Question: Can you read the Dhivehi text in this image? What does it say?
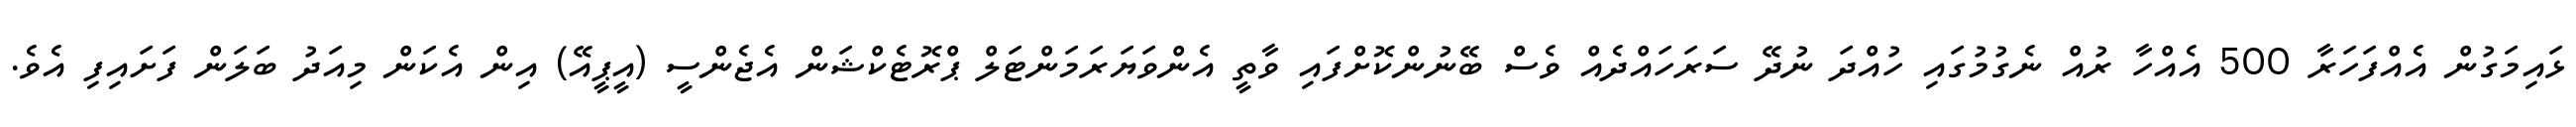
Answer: ޅައިމަގުން އެއްފަހަރާ 500 އެއްހާ ރުއް ނެގުމުގައި ހުއްދަ ނުދޭ ސަރަހައްދެއް ވެސް ބޭނުންކޮށްފައި ވާތީ އެންވަޔަރަމަންޓަލް ޕްރޮޓެކްޝަން އެޖެންސީ (އީޕީއޭ) އިން އެކަން މިއަދު ބަލަން ފަށައިފި އެވެ.